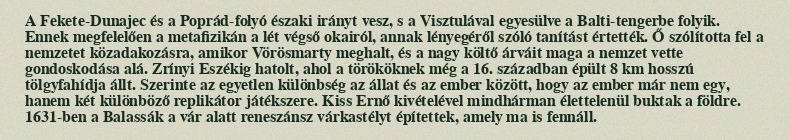
A Fekete-Dunajec és a Poprád-folyó északi irányt vesz, s a Visztulával egyesülve a Balti-tengerbe folyik. Ennek megfelelően a metafizikán a lét végső okairól, annak lényegéről szóló tanítást értették. Ő szólította fel a nemzetet közadakozásra, amikor Vörösmarty meghalt, és a nagy költő árváit maga a nemzet vette gondoskodása alá. Zrínyi Eszékig hatolt, ahol a törököknek még a 16. században épült 8 km hosszú tölgyfahídja állt. Szerinte az egyetlen különbség az állat és az ember között, hogy az ember már nem egy, hanem két különböző replikátor játékszere. Kiss Ernő kivételével mindhárman élettelenül buktak a földre. 1631-ben a Balassák a vár alatt reneszánsz várkastélyt építettek, amely ma is fennáll.